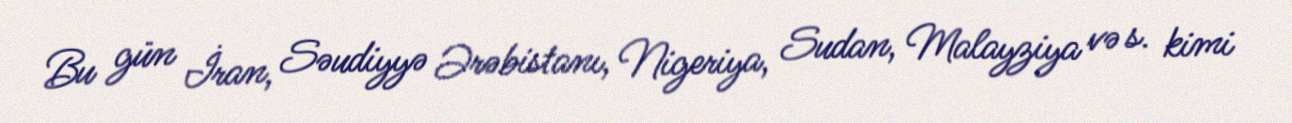
Bu gün İran, Səudiyyə Ərəbistanı, Nigeriya, Sudan, Malayziya və s. kimi